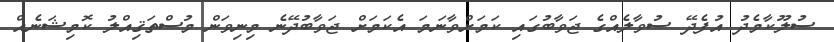
ސުލޫކާމެދު އުފެދޭ ސުވާލެއްގެ ޖަވާބުގައި ކަމަށްވާނަމަ އެކަމަށް ޖަވާބުދޭނެ މިނިވަން މުސްތަޤިއްލު ކޮމިޝަނެއް